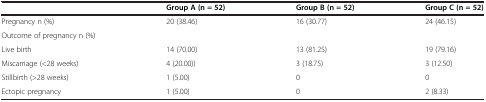
<table><thead><tr><td><b> </b></td><td><b>Group A (n = 52)</b></td><td><b>Group B (n = 52)</b></td><td><b>Group C (n = 52)</b></td></tr></thead><tbody><tr><td>Pregnancy n (%)</td><td>20 (38.46)</td><td>16 (30.77)</td><td>24 (46.15)</td></tr><tr><td>Outcome of pregnancy n (%)</td><td> </td><td> </td><td> </td></tr><tr><td>Live birth</td><td>14 (70.00)</td><td>13 (81.25)</td><td>19 (79.16)</td></tr><tr><td>Miscarriage (&lt;28 weeks)</td><td>4 (20.00))</td><td>3 (18.75)</td><td>3 (12.50)</td></tr><tr><td>Stillbirth (&gt;28 weeks)</td><td>1 (5.00)</td><td>0</td><td>0</td></tr><tr><td>Ectopic pregnancy</td><td>1 (5.00)</td><td>0</td><td>2 (8.33)</td></tr></tbody></table>